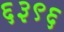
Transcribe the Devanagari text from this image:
६३९६